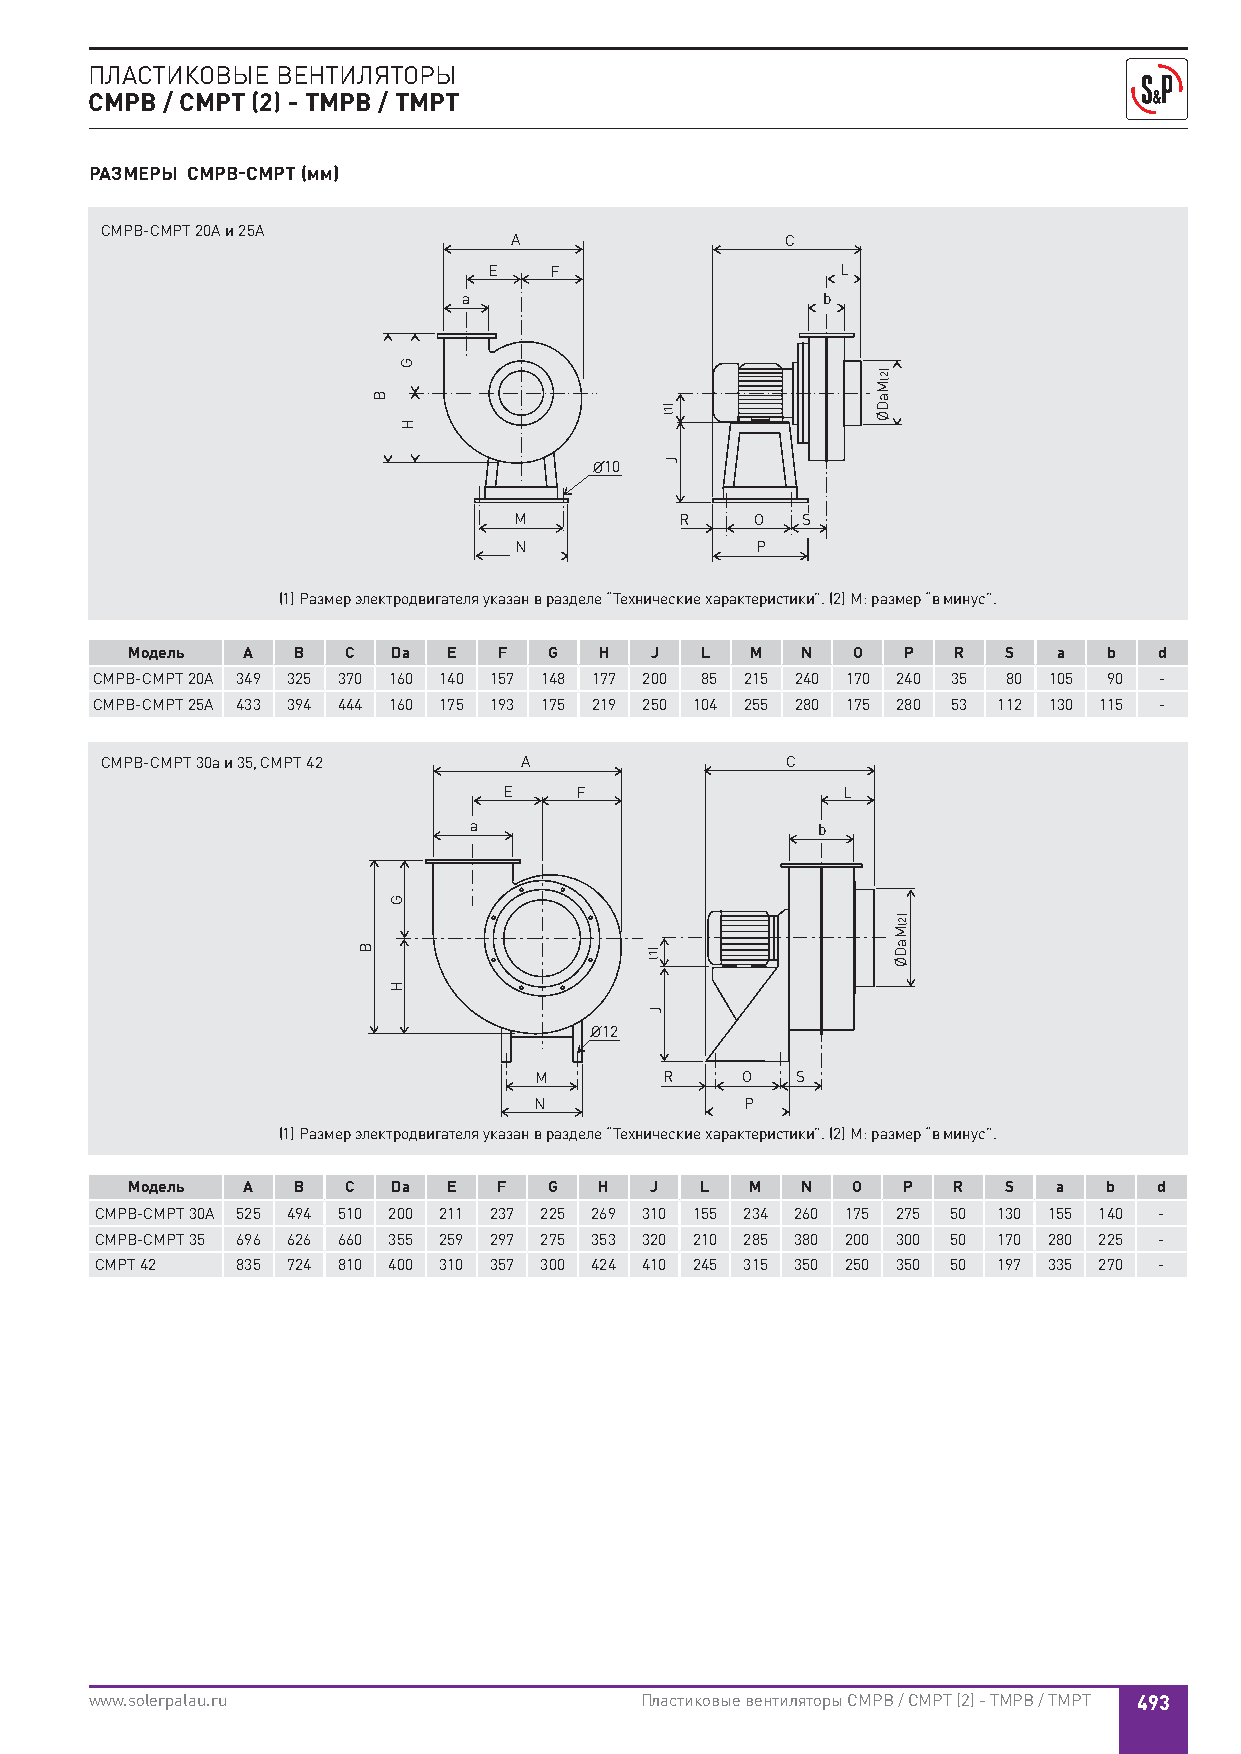
ПЛАСТИКОВЫЕ ВЕНТИЛЯТОРЫ
 CMPB / CMPT (2) - TMPB / TMPT
 РАЗМЕРЫ CMPB-CMPT (мм)
 CMPB-CMPT 20A и 25A
 A                 C
 E   F                   L
 a                      b
 O10
 M          R    O  S
 N               P
 (1) Размер электродвигателя указан в разделе “Технические характеристики”. (2) M: размер “в минус”.
 Модель  A  B   C  Da  E  F  G   H  J  L   M  N  O   P  R   S  a  b   d
 CMPB-CMPT 20A 349 325 370 160 140 157 148 177 200 85 215 240 170 240 35 80 105 90 -
 CMPB-CMPT 25A 433 394 444 160 175 193 175 219 250 104 255 280 175 280 53 112 130 115 -
 CMPB-CMPT 30a и 35, CMPT 42 A                C
 E    F                 L
 a                      b
 O12
 M        R    O   S
 N             P
 (1) Размер электродвигателя указан в разделе “Технические характеристики”. (2) M: размер “в минус”.
 Модель  A  B   C  Da  E  F  G   H  J  L   M  N  O   P  R  S   a  b   d
 CMPB-CMPT 30A 525 494 510 200 211 237 225 269 310 155 234 260 175 275 50 130 155 140 -
 CMPB-CMPT 35 696 626 660 355 259 297 275 353 320 210 285 380 200 300 50 170 280 225 -
 CMPT 42   835 724 810 400 310 357 300 424 410 245 315 350 250 350 50 197 335 270 -
 www.solerpalau.ru                   Пластиковые вентиляторы CMPB / CMPT (2) - TMPB / TMPT 493
 B
 B
 G
 H
 G
 H
 )1(
 J
 )1(
 J
 )2(MaDØ
 )2(MaDØ